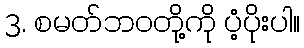
3. စမတ်ဘဝတို့ကို ပံ့ပိုးပါ။